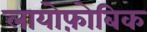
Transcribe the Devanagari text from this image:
लायोफ़ोबिक